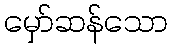
မှော်ဆန်သော